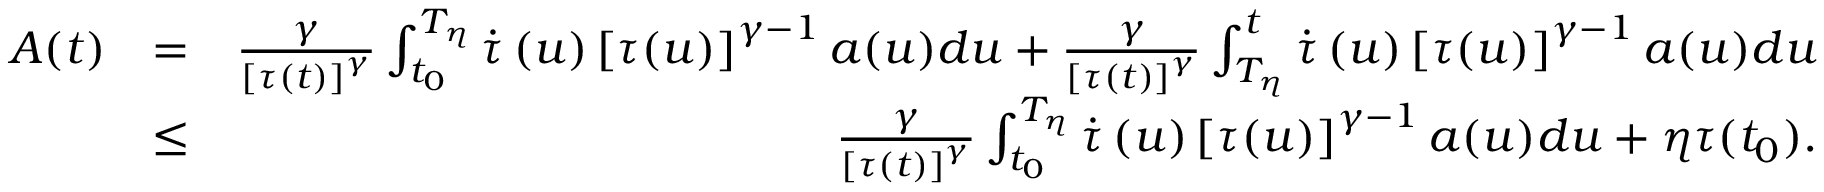
\begin{array} { r l r } { A ( t ) } & { = } & { \frac { \gamma } { \left[ \tau ( t ) \right] ^ { \gamma } } \int _ { t _ { 0 } } ^ { T _ { \eta } } \dot { \tau } \left( u \right) \left[ \tau ( u ) \right] ^ { \gamma - 1 } a ( u ) d u + \frac { \gamma } { \left[ \tau ( t ) \right] ^ { \gamma } } \int _ { T _ { \eta } } ^ { t } \dot { \tau } \left( u \right) \left[ \tau ( u ) \right] ^ { \gamma - 1 } a ( u ) d u } \\ & { \leq } & { \frac { \gamma } { \left[ \tau ( t ) \right] ^ { \gamma } } \int _ { t _ { 0 } } ^ { T _ { \eta } } \dot { \tau } \left( u \right) \left[ \tau ( u ) \right] ^ { \gamma - 1 } a ( u ) d u + \eta \tau ( t _ { 0 } ) . } \end{array}